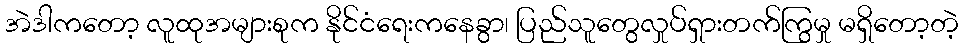
အဲဒါကတော့ လူထုအများစုက နိုင်ငံရေးကနေခွာ၊ ပြည်သူတွေလှုပ်ရှားတက်ကြွမှု မရှိတော့တဲ့